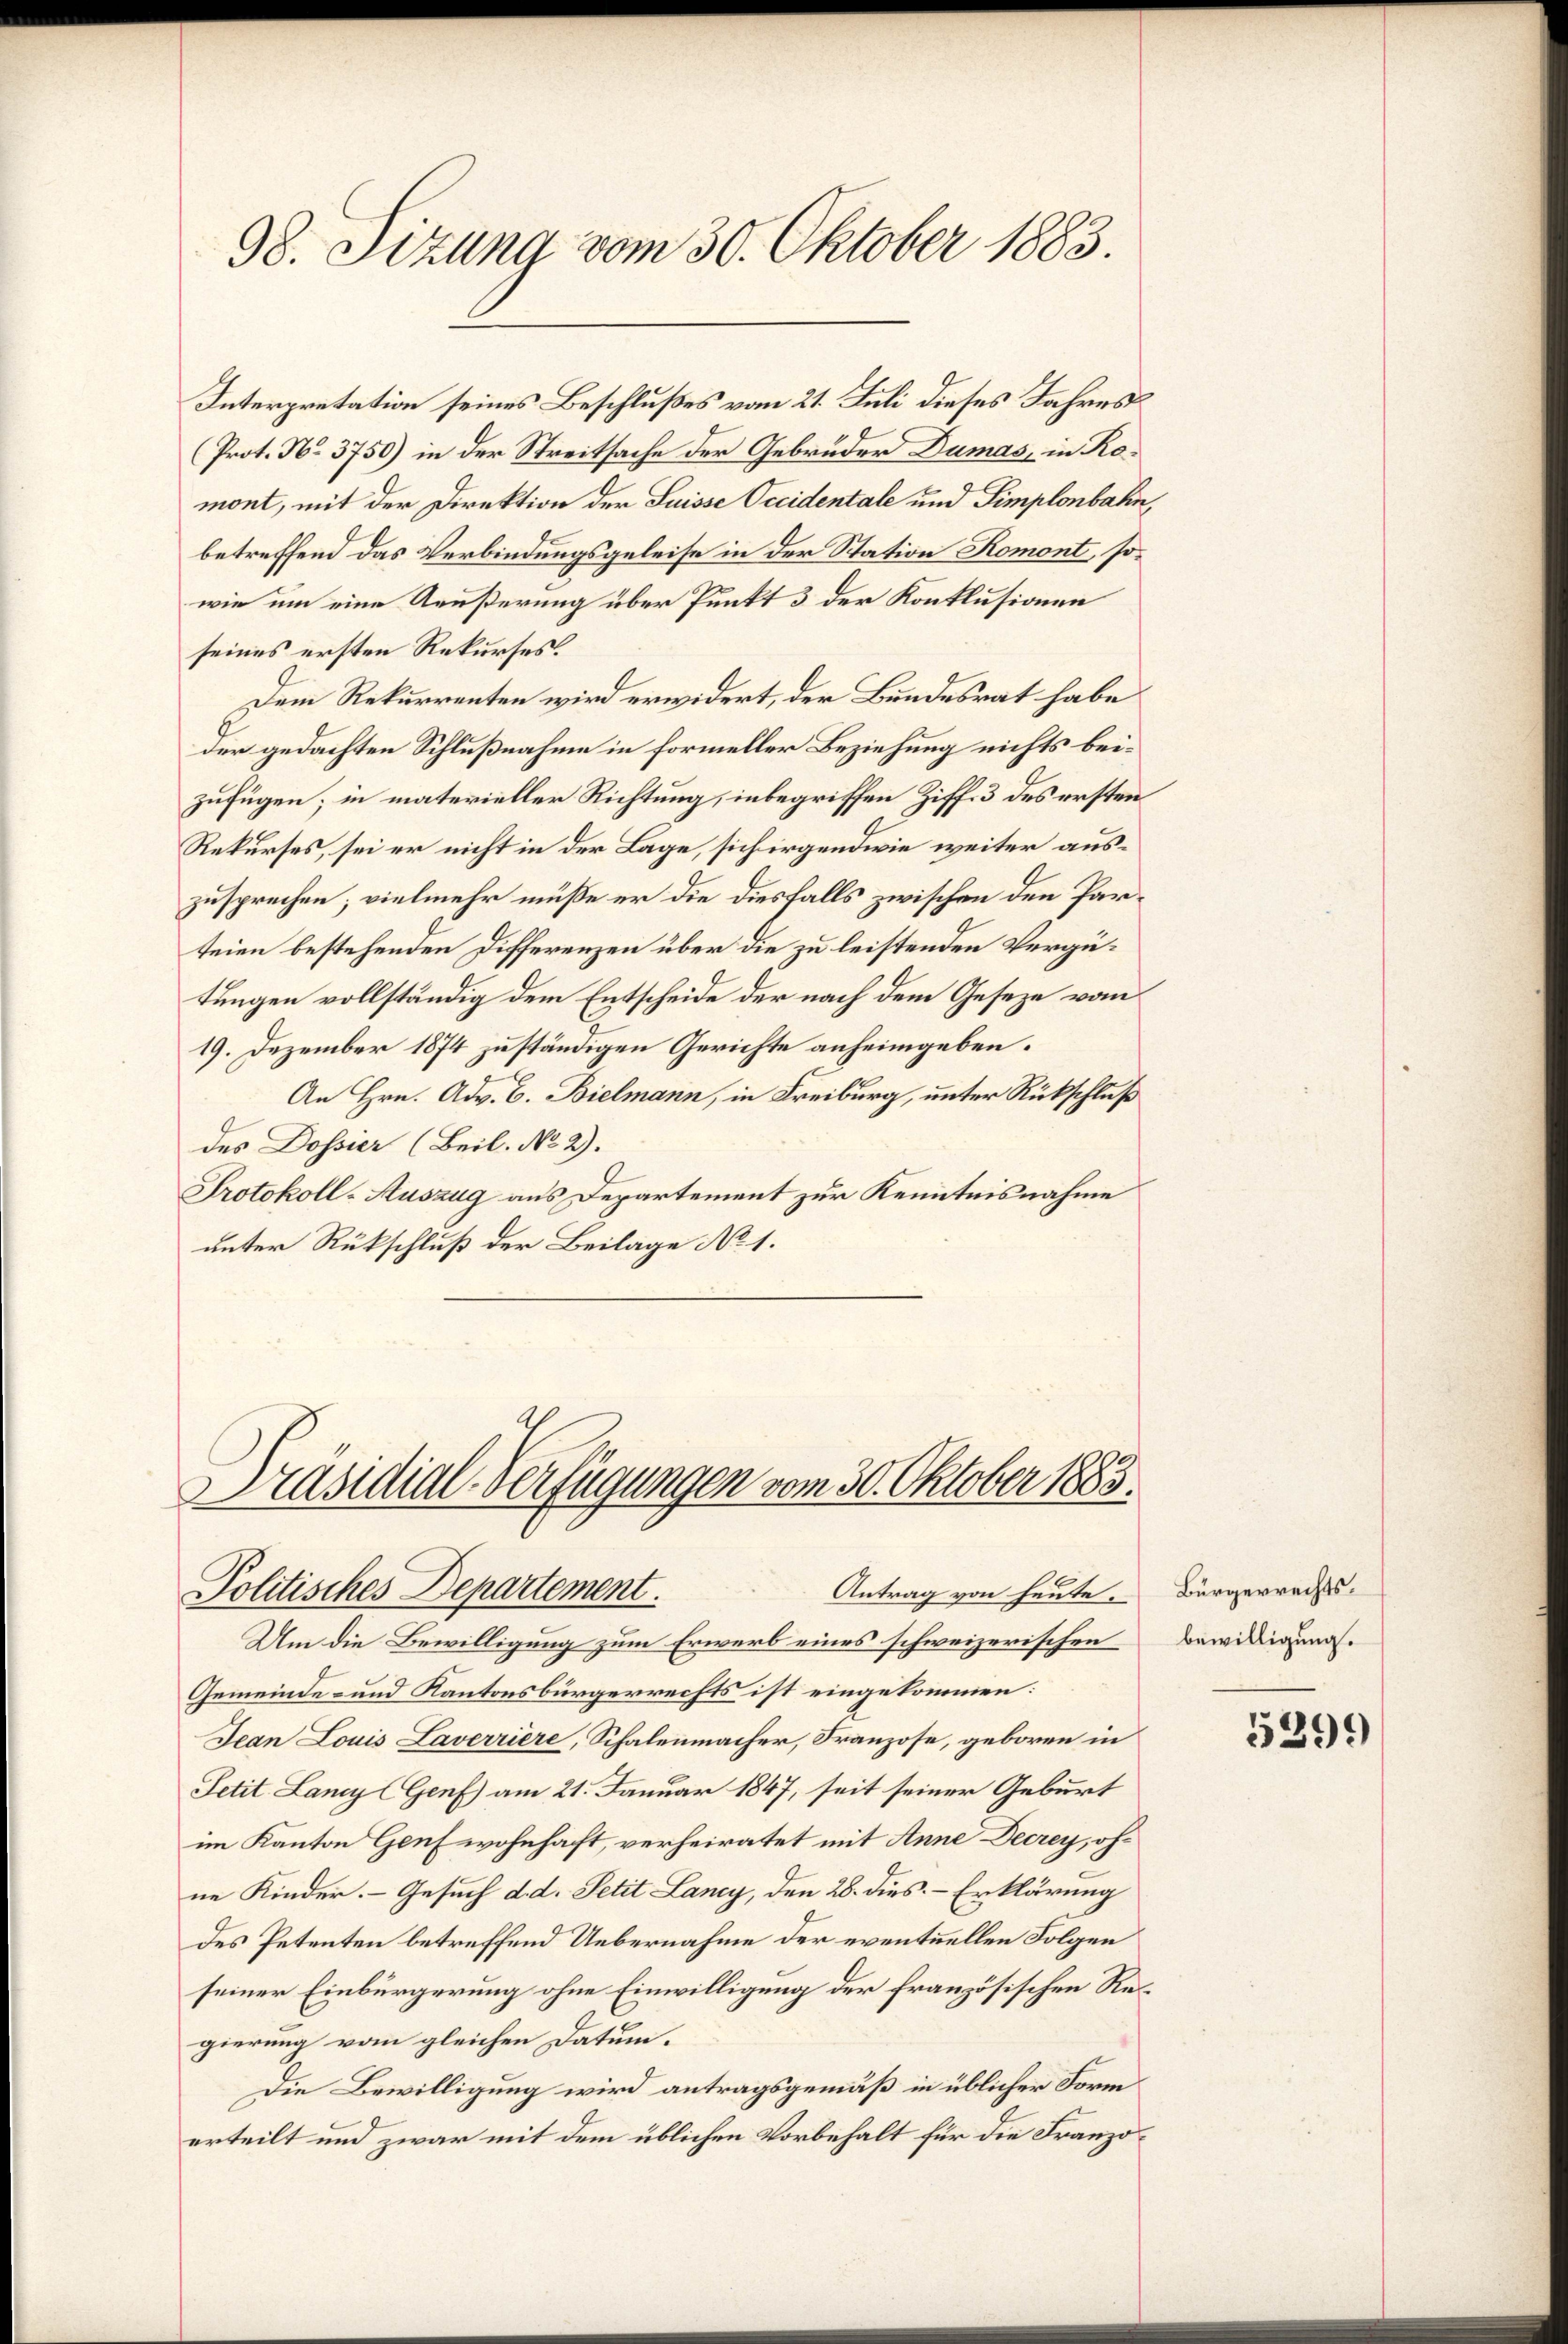
98. Sizung vom 30. Oktober 1883.

Interpretation seines Beschlußes vom 21. Juli dieses Jahres
Prot. No. 3750) in der Streitsache der Gebrüder Dumas, in Romont, mit der Direktion der Suisse Occidentale und Simplonbahn,
betreffend das Verbindungsgeleise in der Station Romont, sowie um eine Aeußerung über Punkt 3 der Konklusionen
seines ersten Rekurses.
Dem Rekurrenten wird erwidert, der Bundesrat habe
der gedachten Schlußnahme in formeller Beziehung nichts beizufügen; in materieller Richtung, inbegriffen Ziff. 3 des ersten
Rekurses, sei er nicht in der Lage, sich irgendwie weiter auszusprechen; vielmehr müße er die diesfalls zwischen den Parteien bestehenden Differenzen über die zu leistenden Vergütungen vollständig dem Entscheide der nach dem Geseze vom
19. Dezember 1874 zuständigen Gerichte anheimgeben.
An Hrn. Adv. B. Bielmann, in Freiburg, unter Rückschluß
des Dossier (Beil. No 2).
Protokoll-Auszug aus Departement zur Kenntnisnahme
unter Rückschluß der Beilage No 1.

Präsidial-Verfügungen vom 30. Oktober 1883.
Politisches Departement.
Antrag von heute.

Um die Bewilligung zum Erwerb eines schweizerischen
Gemeinde- und Kantonsbürgerrechts ist eingekommen:
Jean Louis Laverriere, Schalenmacher, Franzose, geboren in
Petit Lany (Genf) am 21. Januar 1847, seit seiner Geburt
im Kanton Genf wohnhaft, verheiratet mit Anne Decrey, ohne Kinder. Gesuch d. d. Petit Lancy, den 28. dies Erklärung
des Petenten betreffend Uebernahme der eventuellen Folgen
seiner Einbürgerung ohne Einwilligung der französischen Regierung vom gleichen Datum.
Die Bewilligung wird antragsgemäß in üblicher Form
erteilt und zwar mit dem üblichen Vorbehalt für die Franzö¬

Bürgerrechtsbewilligung.

539.)